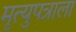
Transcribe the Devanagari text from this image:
मृत्युपत्राला